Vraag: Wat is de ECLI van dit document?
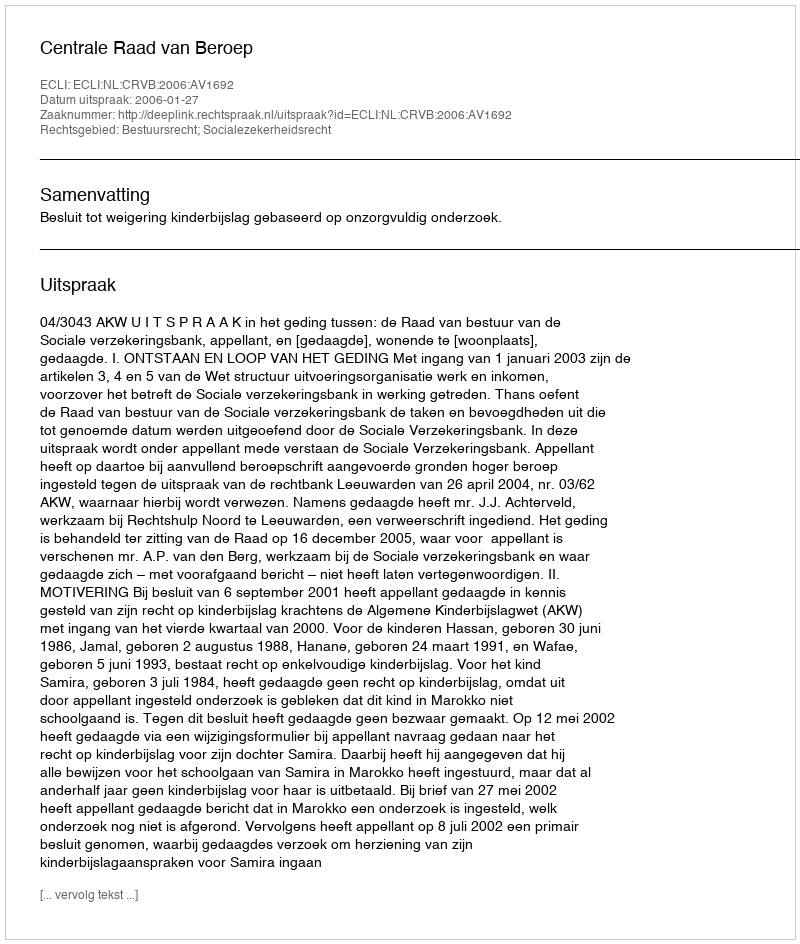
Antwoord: ECLI:NL:CRVB:2006:AV1692